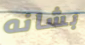
بشانه